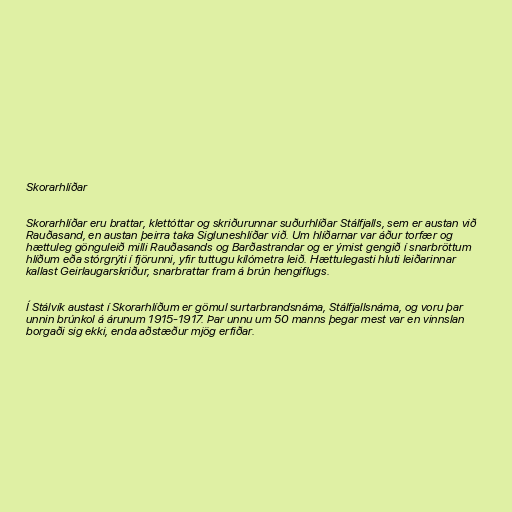
Skorarhlíðar

Skorarhlíðar eru brattar, klettóttar og skriðurunnar suðurhlíðar Stálfjalls, sem er austan við
Rauðasand, en austan þeirra taka Sigluneshlíðar við. Um hlíðarnar var áður torfær og
hættuleg gönguleið milli Rauðasands og Barðastrandar og er ýmist gengið í snarbröttum
hlíðum eða stórgrýti í fjörunni, yfir tuttugu kílómetra leið. Hættulegasti hluti leiðarinnar
kallast Geirlaugarskriður, snarbrattar fram á brún hengiflugs.

Í Stálvík austast í Skorarhlíðum er gömul surtarbrandsnáma, Stálfjallsnáma, og voru þar
unnin brúnkol á árunum 1915-1917. Þar unnu um 50 manns þegar mest var en vinnslan
borgaði sig ekki, enda aðstæður mjög erfiðar.